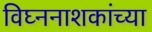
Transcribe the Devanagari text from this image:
विघ्ननाशकांच्या